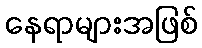
နေရာများအဖြစ်